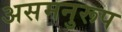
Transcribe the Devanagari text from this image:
असमनुरूप